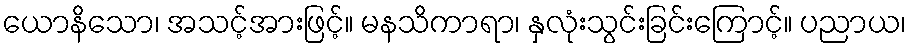
ယောနိသော၊ အသင့်အားဖြင့်။ မနသိကာရာ၊ နှလုံးသွင်းခြင်းကြောင့်။ ပညာယ၊